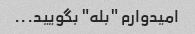
امیدوارم "بله" بگویید...